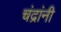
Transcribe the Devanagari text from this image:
चंद्रांनी